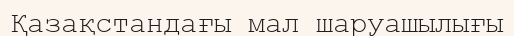
Қазақстандағы мал шаруашылығы